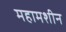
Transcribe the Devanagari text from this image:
महामशीन